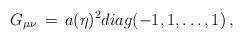
LaTeX: \begin{align*}G_{\mu \nu} \, = \, a(\eta)^2 diag(-1, 1,\dots, 1) \, ,\end{align*}